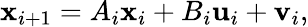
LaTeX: {\mathbf{x}}_{i+1}=A_{i}\mathbf{x}_{i}+B_{i}\mathbf{u}_{i}+\mathbf{v}_{i},